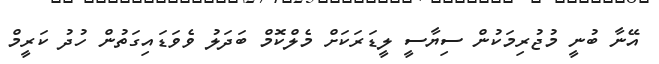
އޭނާ ބުނީ މުޖުރިމަކުން ސިޔާސީ ލީޑަރަކަށް މެލްކޮމް ބަދަލު ވެވަޑައިގަތުން ހުދު ކަރީމް